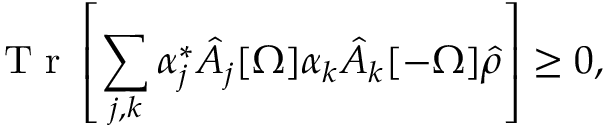
\mathrm { ~ T ~ r ~ } \left[ \sum _ { j , k } \alpha _ { j } ^ { * } \hat { A } _ { j } [ \Omega ] \alpha _ { k } \hat { A } _ { k } [ - \Omega ] \hat { \rho } \right] \geq 0 ,